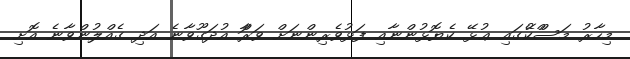
މިހާރު މަަސްްކޭުގައި ޢުޅޭ ކެޔޮޅުންނާއި ފަޅުވެރިންނަށް ވަރަާް އުދަގޫވާނެ އަދި ގެއްލުންވާނެ އޮށި